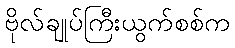
ဗိုလ်ချုပ်ကြီးယွက်စစ်က